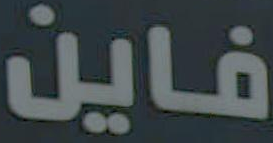
فاين